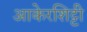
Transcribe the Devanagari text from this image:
आकेरशिट्टी